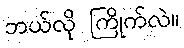
ဘယ်လို ကြိုက်လဲ။